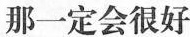
那一定会很好